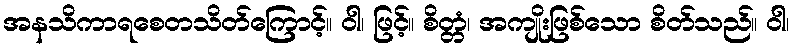
အနသိကာရစေတသိတ်ကြောင့်။ ဝါ၊ ဖြင့်။ စိတ္တံ၊ အကျိုးဖြစ်သော စိတ်သည်။ ဝါ၊